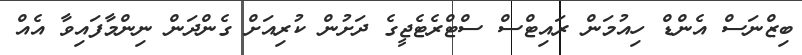
ބިޒްނަސް އެންޑް ހިއުމަން ރައިޓްސް ސްޓްރެޓެޖީގެ ދަށުން ކުރިއަށް ގެންދަން ނިންމާފައިވާ އެއް